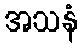
အသနံ